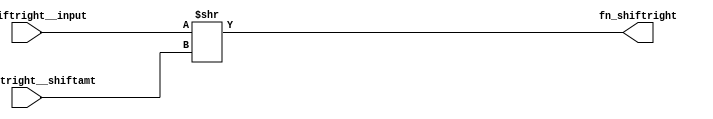
module module_fn_shiftright(fn_shiftright__input,
			    fn_shiftright__shiftamt,
			    fn_shiftright);
  // value method fn_shiftright
  input  [127 : 0] fn_shiftright__input;
  input  [5 : 0] fn_shiftright__shiftamt;
  output [127 : 0] fn_shiftright;

  // signals for module outputs
  wire [127 : 0] fn_shiftright;

  // value method fn_shiftright
  assign fn_shiftright = fn_shiftright__input >> fn_shiftright__shiftamt ;
endmodule